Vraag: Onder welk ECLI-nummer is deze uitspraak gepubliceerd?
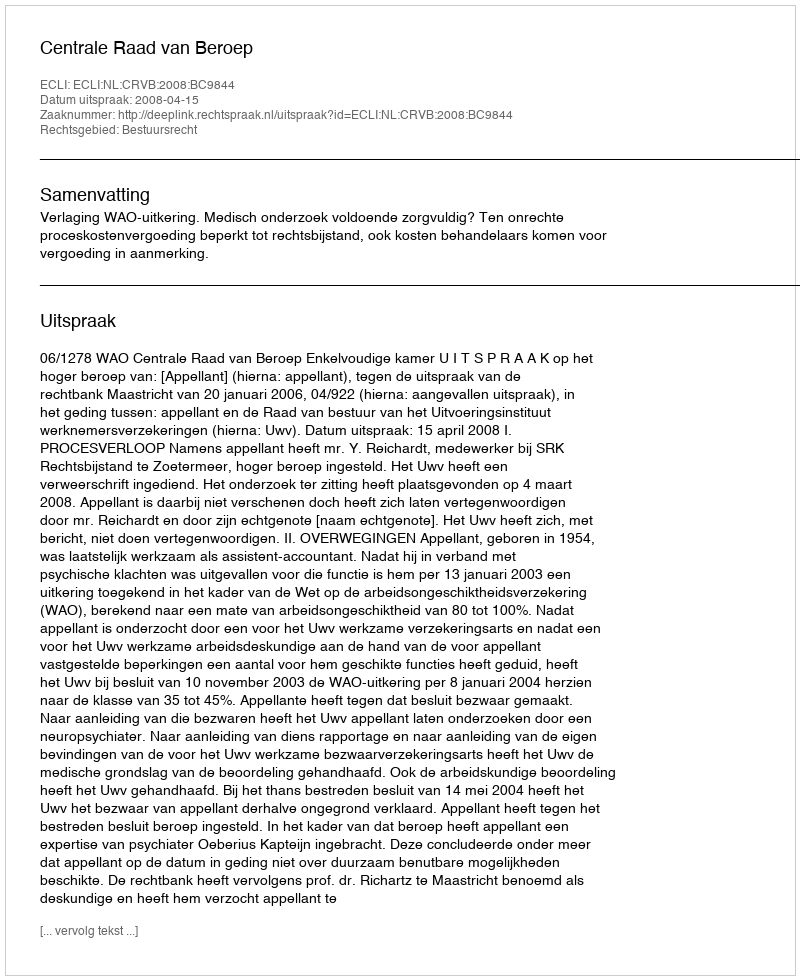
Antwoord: ECLI:NL:CRVB:2008:BC9844